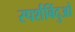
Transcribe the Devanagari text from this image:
स्पर्शबिंदुओ